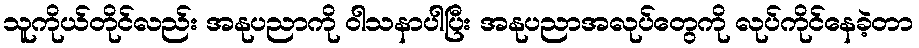
သူကိုယ်တိုင်လည်း အနုပညာကို ဝါသနာပါပြီး အနုပညာအလုပ်တွေကို လုပ်ကိုင်နေခဲ့တာ